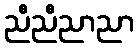
ညီညီညာညာ